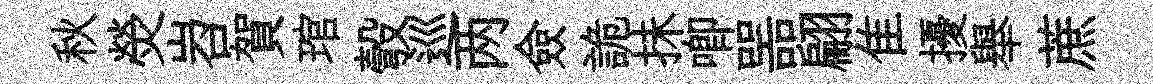
秋熒岧賀琯彀巡两僉詭抺唧噐翩隹擾舉蔗